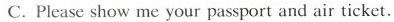
C.Please show me your passport and air ticket.